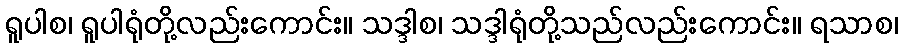
ရူပါစ၊ ရူပါရုံတို့လည်းကောင်း။ သဒ္ဒါစ၊ သဒ္ဒါရုံတို့သည်လည်းကောင်း။ ရသာစ၊